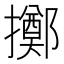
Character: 擲